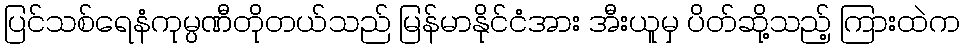
ပြင်သစ်ရေနံကုမ္ပဏီတိုတယ်သည် မြန်မာနိုင်ငံအား အီးယူမှ ပိတ်ဆို့သည့် ကြားထဲက